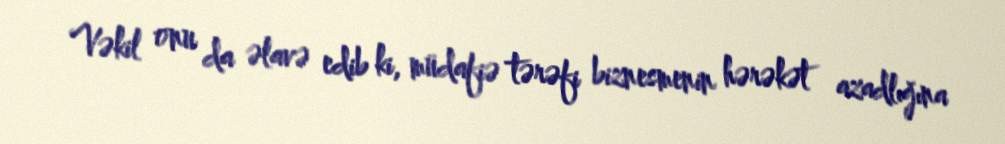
Vəkil onu da əlavə edib ki, müdafiə tərəfi biznesmenin hərəkət azadlığına